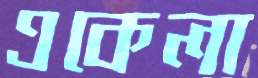
একেলা